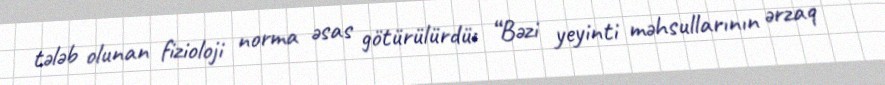
tələb olunan fizioloji norma əsas götürülürdü: “Bəzi yeyinti məhsullarının ərzaq